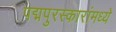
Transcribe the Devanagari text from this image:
पद्मपुरस्कारांमध्ये